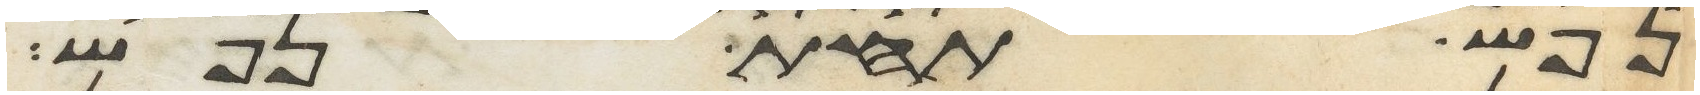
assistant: נפש תחת נפש